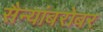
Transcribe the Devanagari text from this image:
सैन्यांबरोबर